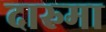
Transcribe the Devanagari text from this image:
दारुमा